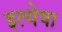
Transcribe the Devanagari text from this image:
इत्येषा